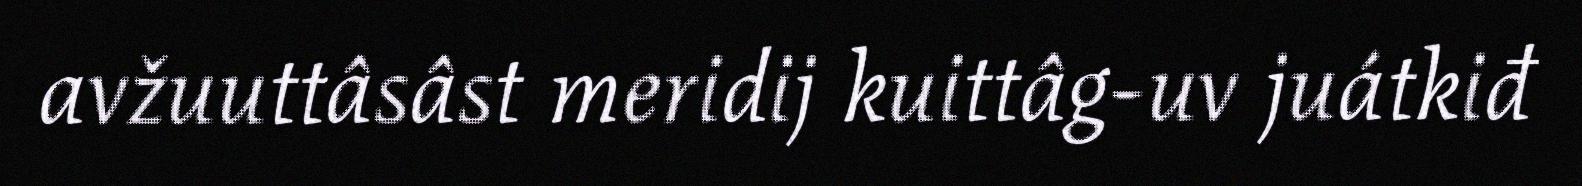
avžuuttâsâst meridij kuittâg-uv juátkiđ